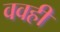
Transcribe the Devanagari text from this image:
ववही